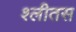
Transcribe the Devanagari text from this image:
श्लीतस